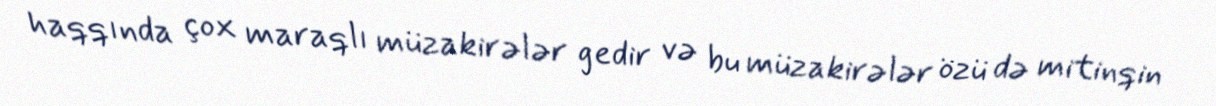
haqqında çox maraqlı müzakirələr gedir və bu müzakirələr özü də mitinqin